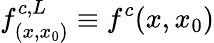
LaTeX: f_{(x,x_{0})}^{c,L}\equiv f^{c}(x,x_{0})